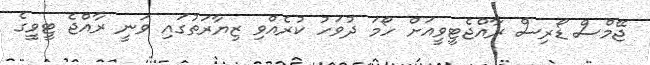
ޖޭމްސް ޑޯރިސް ރާއްޖެޓީވީއަށް ހޯމަ ދުވަހު ކުރެއްވި ޒިޔާރަތުގައި ވަނީ ރާއްޖެ ޓީވީގެ